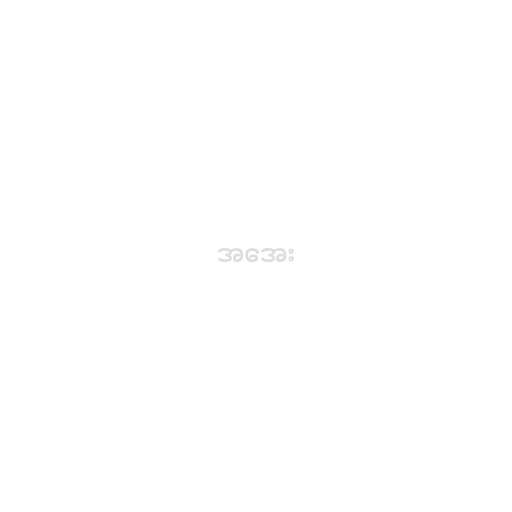
အအေး